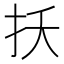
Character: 扷